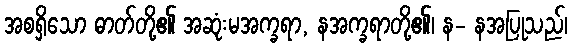
အစရှိသော ဓာတ်တို့၏ အဆုံးမအက္ခရာ, နအက္ခရာတို့၏၊ န- နအပြုသည်၊